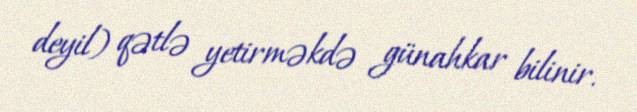
deyil) qətlə yetirməkdə günahkar bilinir.